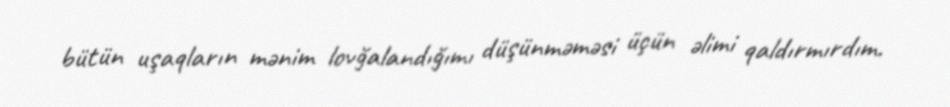
bütün uşaqların mənim lovğalandığımı düşünməməsi üçün əlimi qaldırmırdım.